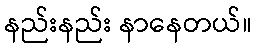
နည်းနည်း နာနေတယ်။